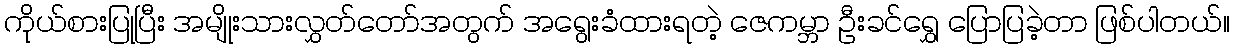
ကိုယ်စားပြုပြီး အမျိုးသားလွှတ်တော်အတွက် အရွေးခံထားရတဲ့ ဇေကမ္ဘာ ဦးခင်ရွှေ ပြောပြခဲ့တာ ဖြစ်ပါတယ်။